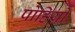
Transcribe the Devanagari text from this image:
पोहियो